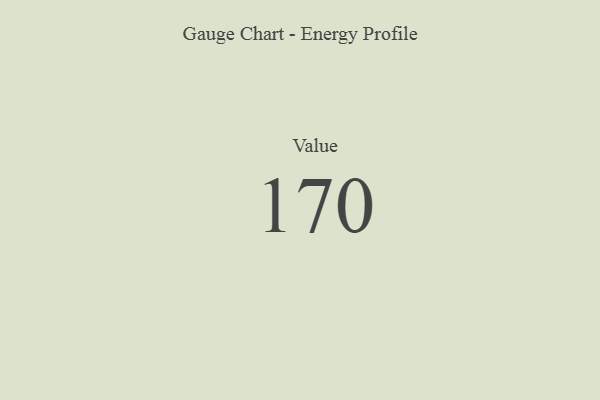
{"axis": {"x": "Metric", "y": "Value"}, "legend": [""], "data": [{"x": "Value", "y": 170, "type": ""}]}